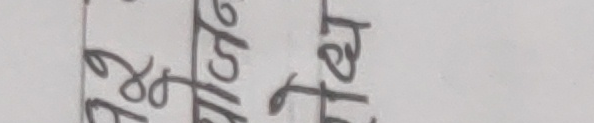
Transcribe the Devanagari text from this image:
रु१०० ५५ ट०